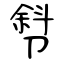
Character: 厁